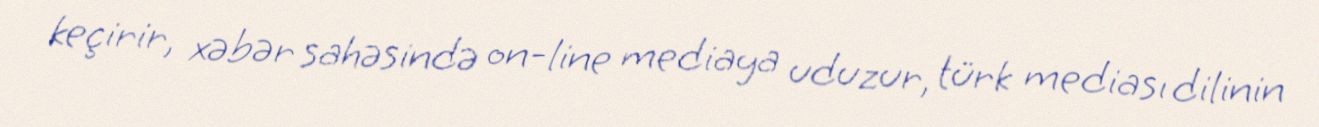
keçirir, xəbər sahəsində on-line mediaya uduzur, türk mediası dilinin